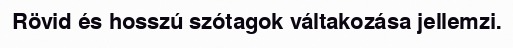
Rövid és hosszú szótagok váltakozása jellemzi.